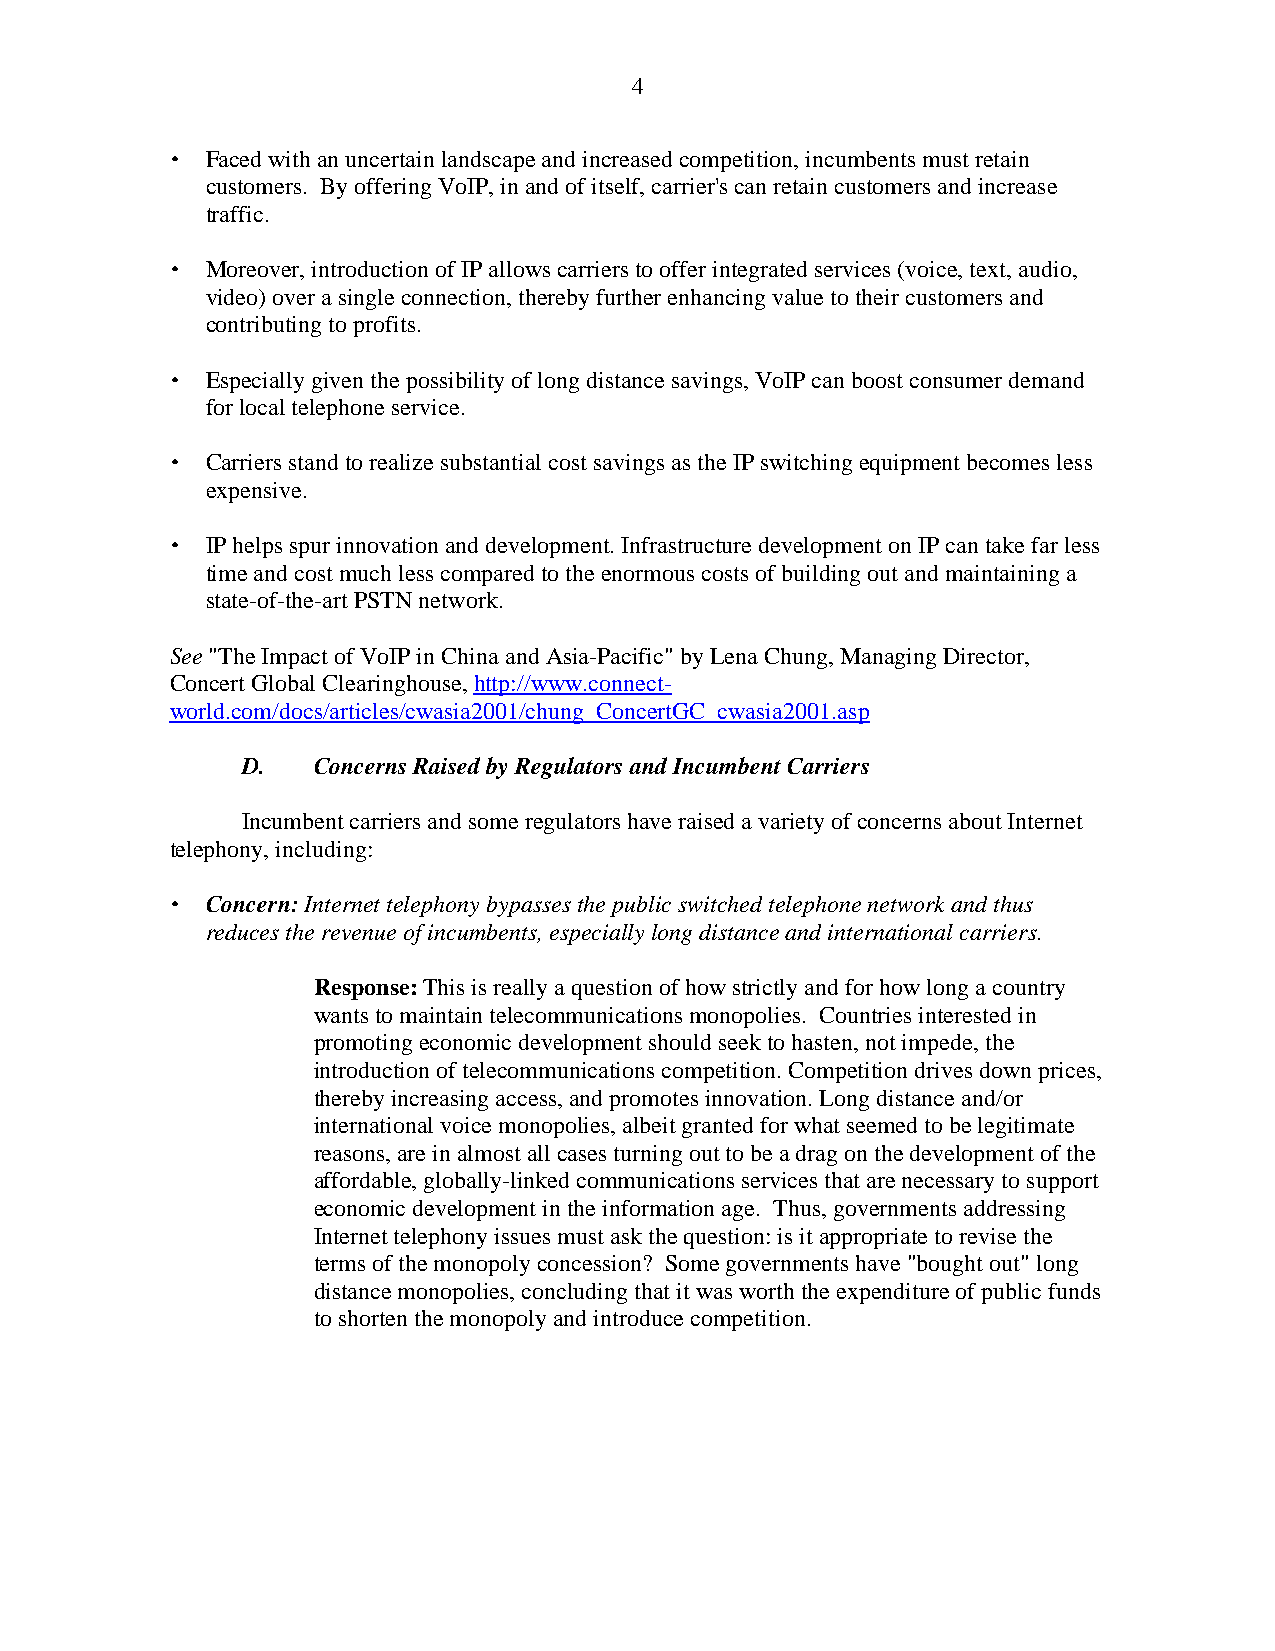
4
 •  Faced with an uncertain landscape and increased competition, incumbents must retain
 customers. By offering VoIP, in and of itself, carrier's can retain customers and increase
 traffic.
 •  Moreover, introduction of IP allows carriers to offer integrated services (voice, text, audio,
 video) over a single connection, thereby further enhancing value to their customers and
 contributing to profits.
 •  Especially given the possibility of long distance savings, VoIP can boost consumer demand
 for local telephone service.
 •  Carriers stand to realize substantial cost savings as the IP switching equipment becomes less
 expensive.
 •  IP helps spur innovation and development. Infrastructure development on IP can take far less
 time and cost much less compared to the enormous costs of building out and maintaining a
 state-of-the-art PSTN network.
 See "The Impact of VoIP in China and Asia-Pacific" by Lena Chung, Managing Director,
 Concert Global Clearinghouse, http://www.connect-
 world.com/docs/articles/cwasia2001/chung_ConcertGC_cwasia2001.asp
 D.   Concerns Raised by Regulators and Incumbent Carriers
 Incumbent carriers and some regulators have raised a variety of concerns about Internet
 telephony, including:
 •  Concern: Internet telephony bypasses the public switched telephone network and thus
 reduces the revenue of incumbents, especially long distance and international carriers.
 Response: This is really a question of how strictly and for how long a country
 wants to maintain telecommunications monopolies. Countries interested in
 promoting economic development should seek to hasten, not impede, the
 introduction of telecommunications competition. Competition drives down prices,
 thereby increasing access, and promotes innovation. Long distance and/or
 international voice monopolies, albeit granted for what seemed to be legitimate
 reasons, are in almost all cases turning out to be a drag on the development of the
 affordable, globally-linked communications services that are necessary to support
 economic development in the information age. Thus, governments addressing
 Internet telephony issues must ask the question: is it appropriate to revise the
 terms of the monopoly concession? Some governments have "bought out" long
 distance monopolies, concluding that it was worth the expenditure of public funds
 to shorten the monopoly and introduce competition.